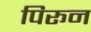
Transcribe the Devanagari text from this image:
पिरून